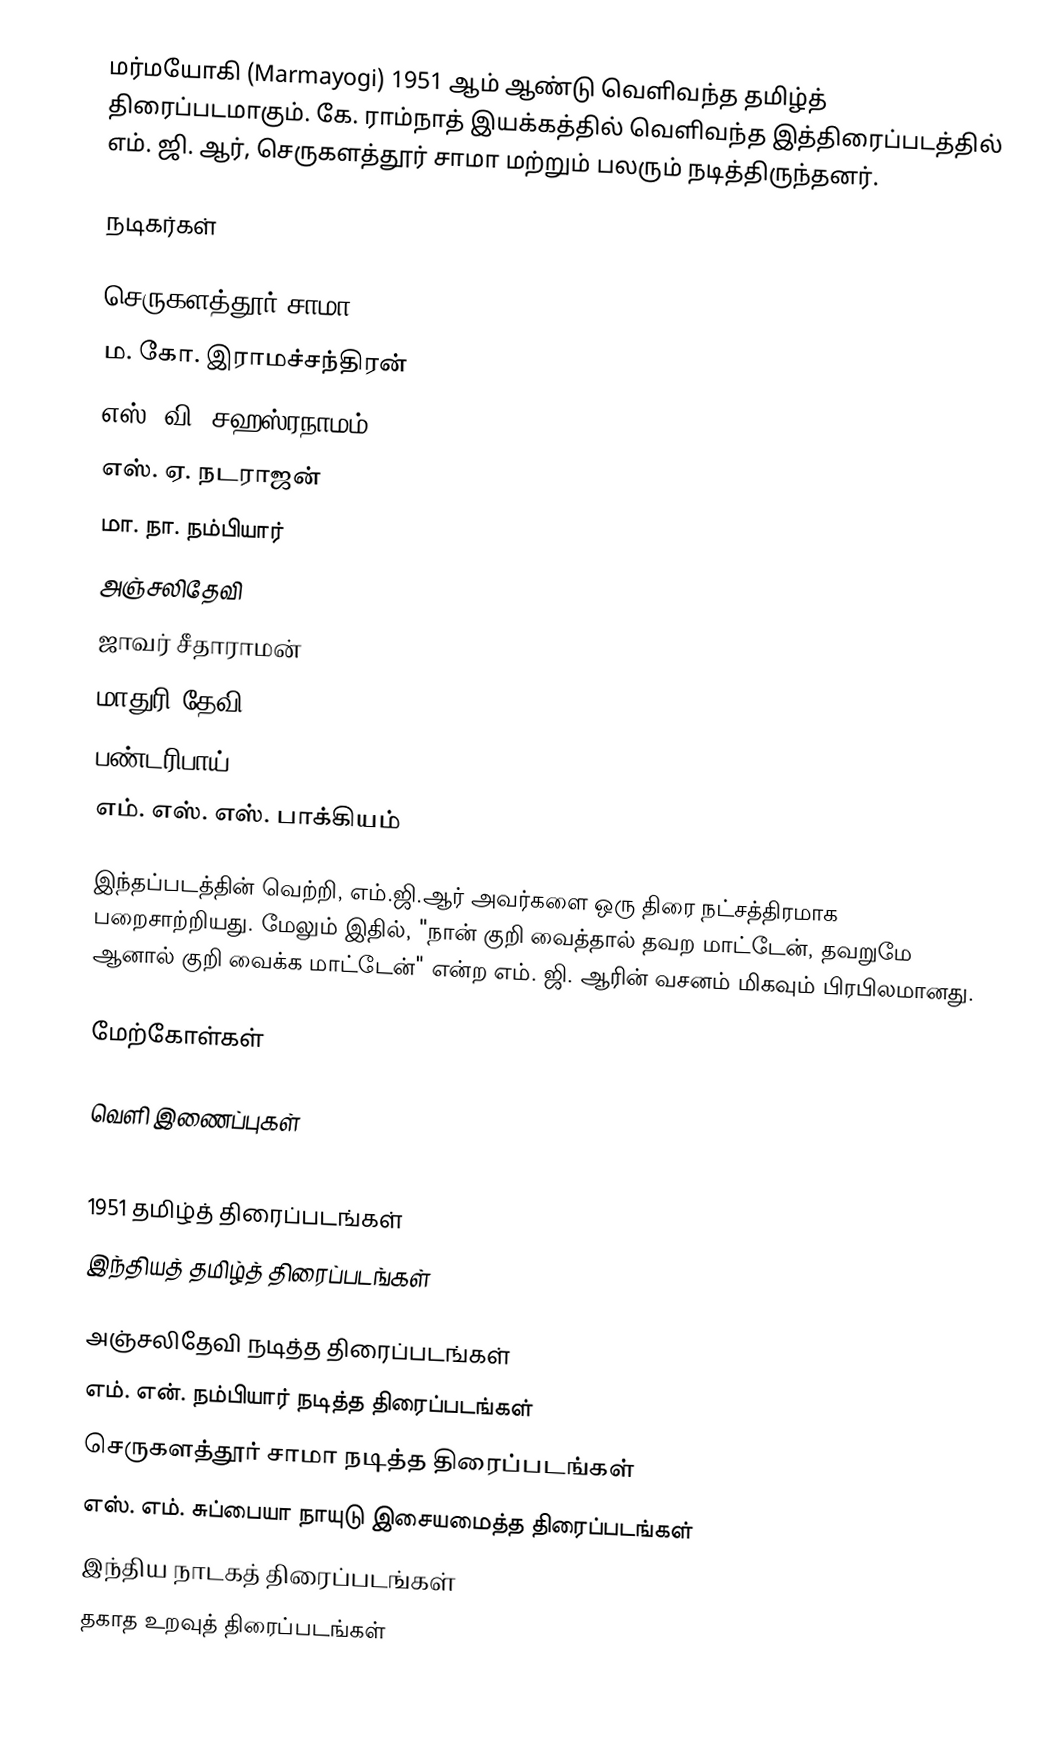
மர்மயோகி (Marmayogi) 1951 ஆம் ஆண்டு வெளிவந்த தமிழ்த் திரைப்படமாகும். கே. ராம்நாத் இயக்கத்தில் வெளிவந்த இத்திரைப்படத்தில் எம். ஜி. ஆர், செருகளத்தூர் சாமா மற்றும் பலரும் நடித்திருந்தனர்.

நடிகர்கள்

 செருகளத்தூர் சாமா
 ம. கோ. இராமச்சந்திரன்
 எஸ். வி. சஹஸ்ரநாமம்
 எஸ். ஏ. நடராஜன்
 மா. நா. நம்பியார்
 அஞ்சலிதேவி
 ஜாவர் சீதாராமன்
 மாதுரி தேவி
 பண்டரிபாய்
 எம். எஸ். எஸ். பாக்கியம்

இந்தப்படத்தின் வெற்றி, எம்.ஜி.ஆர் அவர்களை ஒரு திரை நட்சத்திரமாக பறைசாற்றியது. மேலும் இதில், "நான் குறி வைத்தால் தவற மாட்டேன், தவறுமே ஆனால் குறி வைக்க மாட்டேன்" என்ற எம். ஜி. ஆரின் வசனம் மிகவும் பிரபிலமானது.

மேற்கோள்கள்

வெளி இணைப்புகள்

1951 தமிழ்த் திரைப்படங்கள்
இந்தியத் தமிழ்த் திரைப்படங்கள்

அஞ்சலிதேவி நடித்த திரைப்படங்கள்
எம். என். நம்பியார் நடித்த திரைப்படங்கள்
செருகளத்தூர் சாமா நடித்த திரைப்படங்கள்
எஸ். எம். சுப்பையா நாயுடு இசையமைத்த திரைப்படங்கள்
இந்திய நாடகத் திரைப்படங்கள்
தகாத உறவுத் திரைப்படங்கள்